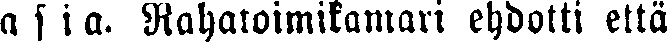
asia. Rahatoimikamari ehdotti että